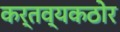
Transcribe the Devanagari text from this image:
कर्तव्यकठोर